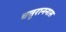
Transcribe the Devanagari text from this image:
चतुराननास